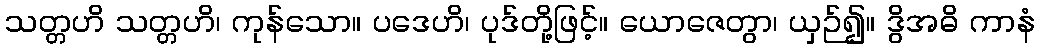
သတ္တဟိ သတ္တဟိ၊ ကုန်သော။ ပဒေဟိ၊ ပုဒ်တို့ဖြင့်။ ယောဇေတွာ၊ ယှဉ်၍။ ဒွိအဓိ ကာနံ